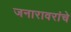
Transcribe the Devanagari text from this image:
जनारावरांचे